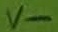
Text: v-